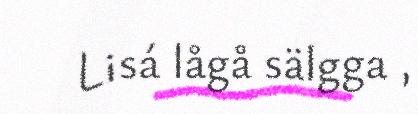
Lisá lågå sälgga ,